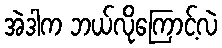
အဲဒါက ဘယ်လိုကြောင့်လဲ